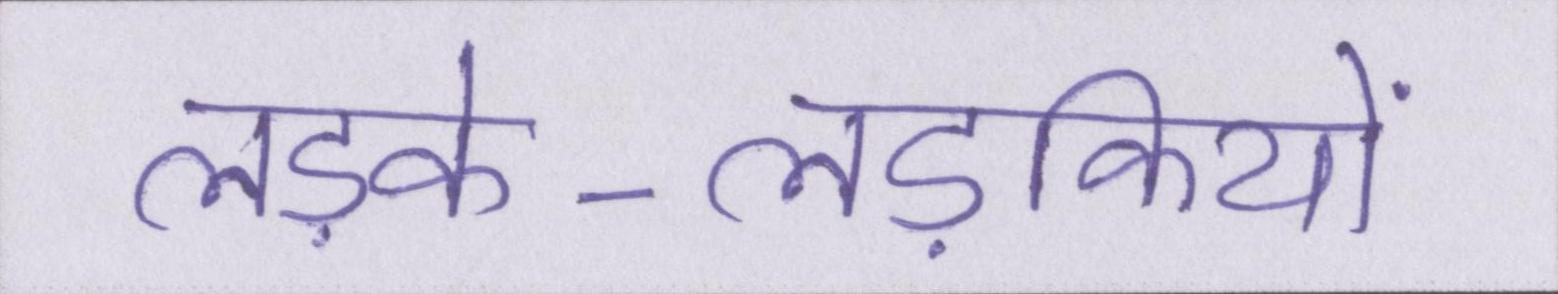
लड़के-लड़कियों